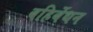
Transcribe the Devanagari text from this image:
बहिर्बेधन